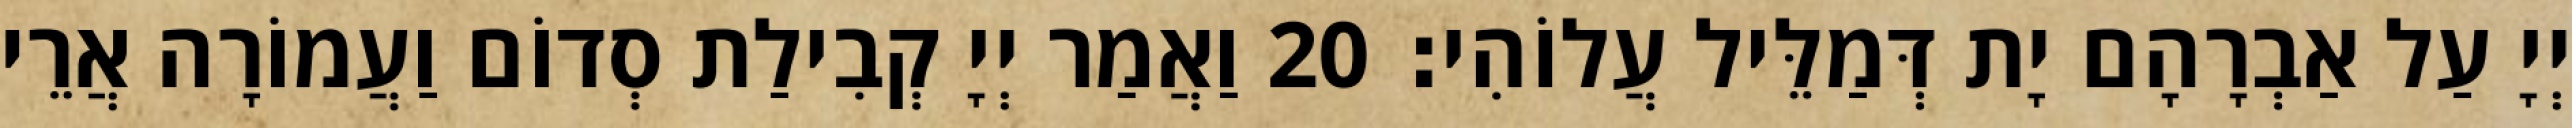
יְיָ עַל אַבְרָהָם יָת דְּמַלֵּיל עֲלוֹהִי׃ 20 וַאֲמַר יְיָ קְבִילַת סְדוֹם וַעֲמוֹרָה אֲרֵי